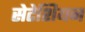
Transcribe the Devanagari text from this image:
सेटेशियन